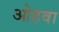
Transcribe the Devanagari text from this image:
ओहवा